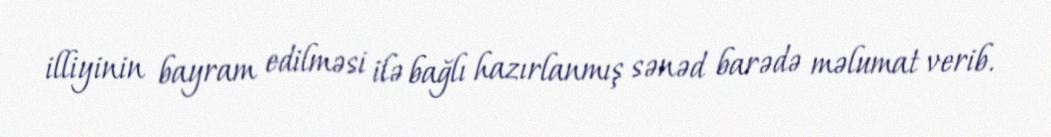
illiyinin bayram edilməsi ilə bağlı hazırlanmış sənəd barədə məlumat verib.